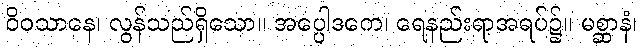
ဝိဝသာနေ၊ လွန်သည်ရှိသော။ အပ္ပေါဒကေ၊ ရေနည်းရာအရပ်၌။ မစ္ဆာနံ၊